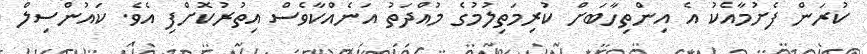
ކުރަން ފެށުމާއެކު އެ އިންތިހާބަށް ކުރިމަތިލުމުގެ މުއްދަތު އަނެއްކާވެސް އިތުރުކޮށްފި އެވެ. ކައުންސިލް